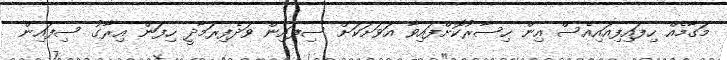
މަގާމެއް ހިފައިފިއައިއެސް އިން ހިސާރުކޮށްފައިވާ އަވަށަކަށް ސިފައިން ވަދެފިރަމާދީ ހިފަން އިރާގު ސިފައިން